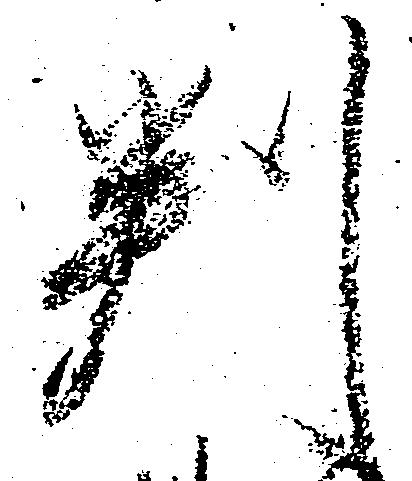
判